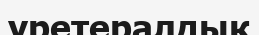
уретералдық